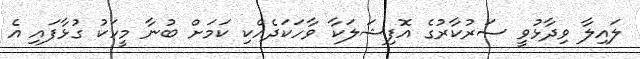
ލައިލާ ވިދާޅުވީ ސަރުކާރުގެ އޮފިޝަލަކާ ވާހަކަދެއްކި ކަމަށް ބުނާ މީހަކު ގުޅާފައި އެ